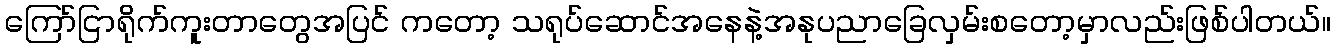
ကြော်ငြာရိုက်ကူးတာတွေအပြင် ကတော့ သရုပ်ဆောင်အနေနဲ့အနုပညာခြေလှမ်းစတော့မှာလည်းဖြစ်ပါတယ်။